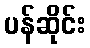
ပန်ဆိုင်း